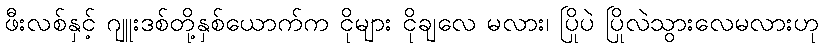
ဖီးလစ်နှင့် ဂျူးဒစ်တို့နှစ်ယောက်က ငိုများ ငိုချလေ မလား၊ ပြိုပဲ ပြိုလဲသွားလေမလားဟု